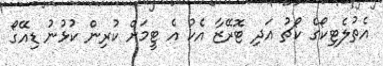
އެތުލެޓިކޯގެ ކޯޗު އަދި ޓޮރޭޒާ އެކު އެ ޓީމަށް ކުރިން ކުޅުނު ޑިއޭގޯ